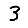
Digit: 3